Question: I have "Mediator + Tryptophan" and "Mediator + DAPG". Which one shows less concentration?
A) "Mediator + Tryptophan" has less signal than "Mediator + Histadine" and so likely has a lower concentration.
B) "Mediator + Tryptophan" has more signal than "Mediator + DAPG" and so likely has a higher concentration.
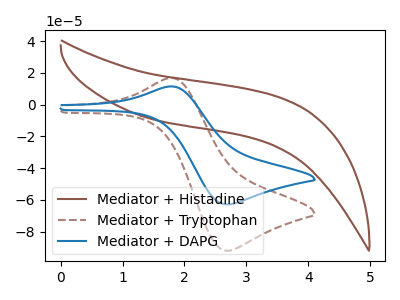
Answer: <think>The brown curve "Mediator + Histadine" has no peaks. The brown dashed curve "Mediator + Tryptophan" has an anodic peak at (1.80V, 16.75uA) and a cathodic peak at (2.70V, -91.95uA). The blue curve "Mediator + DAPG" has an anodic peak at (1.80V, 11.45uA) and a cathodic peak at (2.70V, -62.80uA).
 All the peaks in "Mediator + Tryptophan" have a peak in "Mediator + DAPG" at the same potential. Every peak in "Mediator + Tryptophan" is higher than every peak in "Mediator + DAPG".</think>
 <answer>B) "Mediator + Tryptophan" has more signal than "Mediator + DAPG" and so likely has a higher concentration.</answer>
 <eval>B</eval>